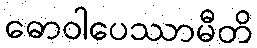
ဓောဝါပေဿာမီတိ